Vaccination in Bombay 1924-1928 - 1924-1928
Year: 1924
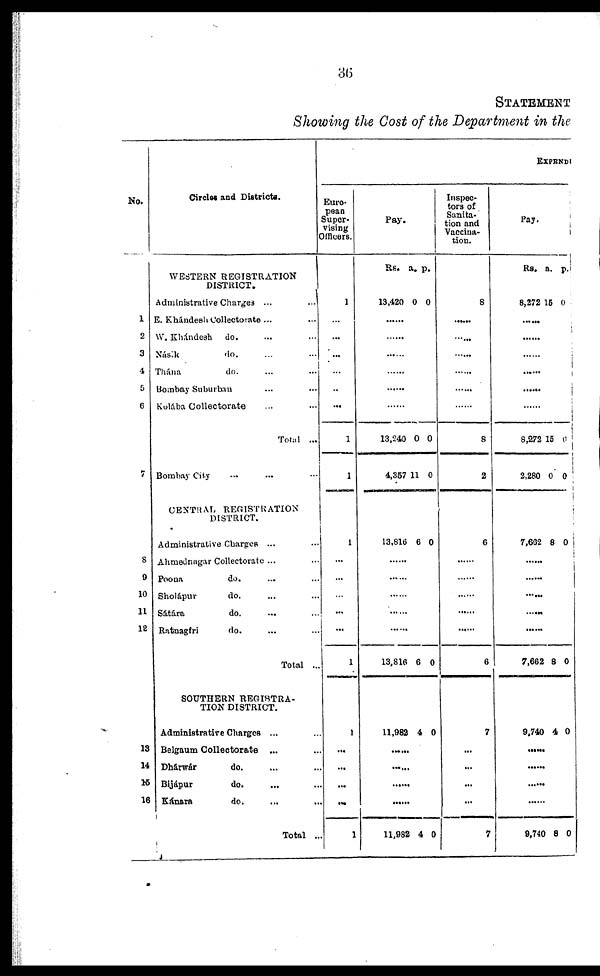
36
STATEMENT
Showing the Cost of the Department in the
No.
1
2
3
4
5
6
7
8
9
10
11
12
13
14
16
16
Circles and Districts.
WESTERN REGISTRATION
DISTRICT.
Administrative Charges ... ...
E. Khándesh Collectorate ... ...
W. Khándesh do. ... ...
Násik
do. ...
Thána
do. ...
Bombay Suburban ...
Kolába Collectorate ...
Total ...
Bombay City ... ... ...
CENTRAL REGISTRATION
DISTRICT.
Administrative Charges ...
Ahmednagar Collectorate ...
Poona
do. ...
Sholápur
do. ...
Sátára
do. ...
Ratnagíri
do. ...
Total ...
SOUTHERN REGISTRA¬
TION DISTRICT.
Administrative Charges ...
Belgaum Collectorate ...
Dhárwár
do. ...
Bijápur
do. ...
Kánara
do. ...
Total ..
EXPENDI
Euro-
pean
Super-
vising
Officers.
1
...
...
...
...
...
...
1
1
1
...
...
...
...
...
1
1
...
...
...
...
1
Pay.
Rs.
13,420
a.
0
p.
0
......
......
......
......
......
......
13,240
4,357
0
11
0
0
13,816 6 0
......
......
......
......
......
13,816 6 0
11,982 4 0
......
......
......
......
11,982 4 0
Inspec-
tors of
Sanita-
tion and
Vaccina-
tion.
8
......
......
......
......
......
......
8
2
6
......
......
......
......
......
6
7
...
...
...
...
7
Pay.
Rs.
8,272
a.
15
p.
0
......
......
......
......
......
......
8,272
2,280
15
0
0
0
7,662 8 0
......
......
......
......
......
7,662 8 0
9,740 4 0
......
......
......
......
9,740 8 0